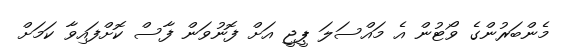
މެންބަރުންގެ ވޯޓުން އެ މައްސަލަ ޕީޖީ އަށް ފޮނުވަން ފާސް ކޮށްފައިވާ ކަމަށް